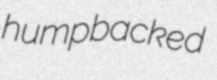
humpbacked